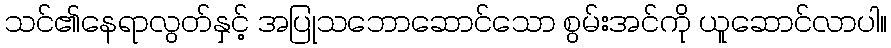
သင်၏နေရာလွတ်နှင့် အပြုသဘောဆောင်သော စွမ်းအင်ကို ယူဆောင်လာပါ။